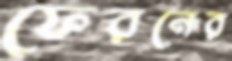
ফেরনের